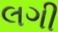
લગી